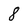
Character: 8